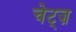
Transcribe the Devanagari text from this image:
चेट्ज़